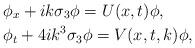
LaTeX: \begin{align*} &\phi_x+ik\sigma_3\phi=U(x,t)\phi,\\ &\phi_t+4ik^3\sigma_3\phi=V(x,t,k)\phi, \end{align*}